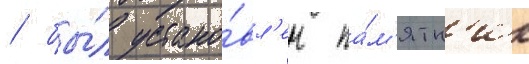
/ бы́л устано́вл'ен па́м'ятн'ик